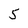
Character: 5